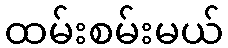
ထမ်းစမ်းမယ်